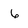
Character: 6